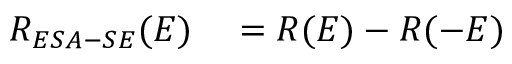
\begin{array} { r l } { R _ { E S A - S E } ( E ) } & { { } = R ( E ) - R ( - E ) } \end{array}